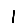
Digit: 1